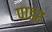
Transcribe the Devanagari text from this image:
पाडर